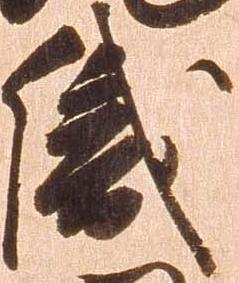
織